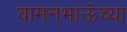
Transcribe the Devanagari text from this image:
वामनभाऊंच्या